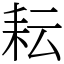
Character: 耘